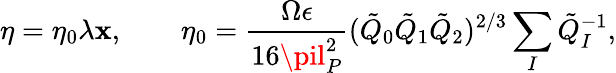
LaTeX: \eta=\eta_{0}\lambda\mathbf{x},\qquad\eta_{0}=\frac{{\Omega\epsilon}}{{16\pil_{P}^{2}}}(\tilde{{Q}}_{0}\tilde{{Q}}_{1}\tilde{{Q}}_{2})^{2/3}\sum_{I}\tilde{{Q}}_{I}^{-1},